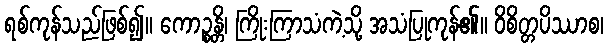
ရစ်ကုန်သည်ဖြစ်၍။ ကောဉ္စန္တိ၊ ကြိုးကြာသံကဲ့သို့ အသံပြုကုန်၏။ ဝိစိတ္တပိဿာစ၊